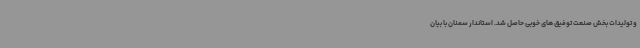
و تولیدات بخش صنعت توفیق های خوبی حاصل شد. استاندار سمنان با بیان